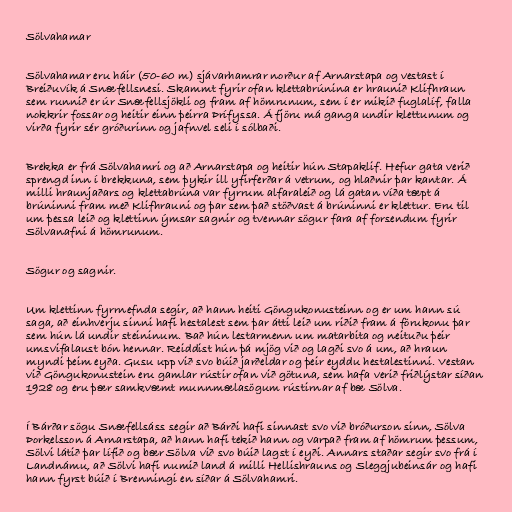
Sölvahamar

Sölvahamar eru háir (50-60 m) sjávarhamrar norður af Arnarstapa og vestast í
Breiðuvík á Snæfellsnesi. Skammt fyrir ofan klettabrúnina er hraunið Klifhraun
sem runnið er úr Snæfellsjökli og fram af hömrunum, sem í er mikið fuglalíf, falla
nokkrir fossar og heitir einn þeirra Þrífyssa. Á fjöru má ganga undir klettunum og
virða fyrir sér gróðurinn og jafnvel seli í sólbaði.

Brekka er frá Sölvahamri og að Arnarstapa og heitir hún Stapaklif. Hefur gata verið
sprengd inn í brekkuna, sem þykir ill yfirferðar á vetrum, og hlaðnir þar kantar. Á
milli hraunjaðars og klettabrúna var fyrrum alfaraleið og lá gatan víða tæpt á
brúninni fram með Klifhrauni og þar sem það stöðvast á brúninni er klettur. Eru til
um þessa leið og klettinn ýmsar sagnir og tvennar sögur fara af forsendum fyrir
Sölvanafni á hömrunum.

Sögur og sagnir.

Um klettinn fyrrnefnda segir, að hann heiti Göngukonusteinn og er um hann sú
saga, að einhverju sinni hafi hestalest sem þar átti leið um riðið fram á förukonu þar
sem hún lá undir steininum. Bað hún lestarmenn um matarbita og neituðu þeir
umsvifalaust bón hennar. Reiddist hún þá mjög við og lagði svo á um, að hraun
myndi þeim eyða. Gusu upp við svo búið jarðeldar og þeir eyddu hestalestinni. Vestan
við Göngukonustein eru gamlar rústir ofan við götuna, sem hafa verið friðlýstar síðan
1928 og eru þær samkvæmt munnmælasögum rústirnar af bæ Sölva.

Í Bárðar sögu Snæfellsáss segir að Bárði hafi sinnast svo við bróðurson sinn, Sölva
Þorkelsson á Arnarstapa, að hann hafi tekið hann og varpað fram af hömrum þessum,
Sölvi látið þar lífið og bær Sölva við svo búið lagst í eyði. Annars staðar segir svo frá í
Landnámu, að Sölvi hafi numið land á milli Hellishrauns og Sleggjubeinsár og hafi
hann fyrst búið í Brenningi en síðar á Sölvahamri.